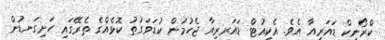
ކްރޯނިކް ޑައަރިއާ އެވެ. އެކިއުޓް ޑައަރރިއާ ޖެހުމުން ކުޑަވަގުތު ކޮޅެއްގެ ތެރޭގައި ހަށިގަނޑުން